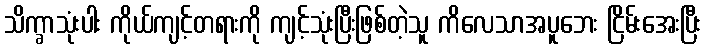
သိက္ခာသုံးပါး ကိုယ်ကျင့်တရားကို ကျင့်သုံးပြီးဖြစ်တဲ့သူ ကိလေသာအပူဘေး ငြိမ်းအေးပြီး